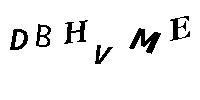
DBHVME